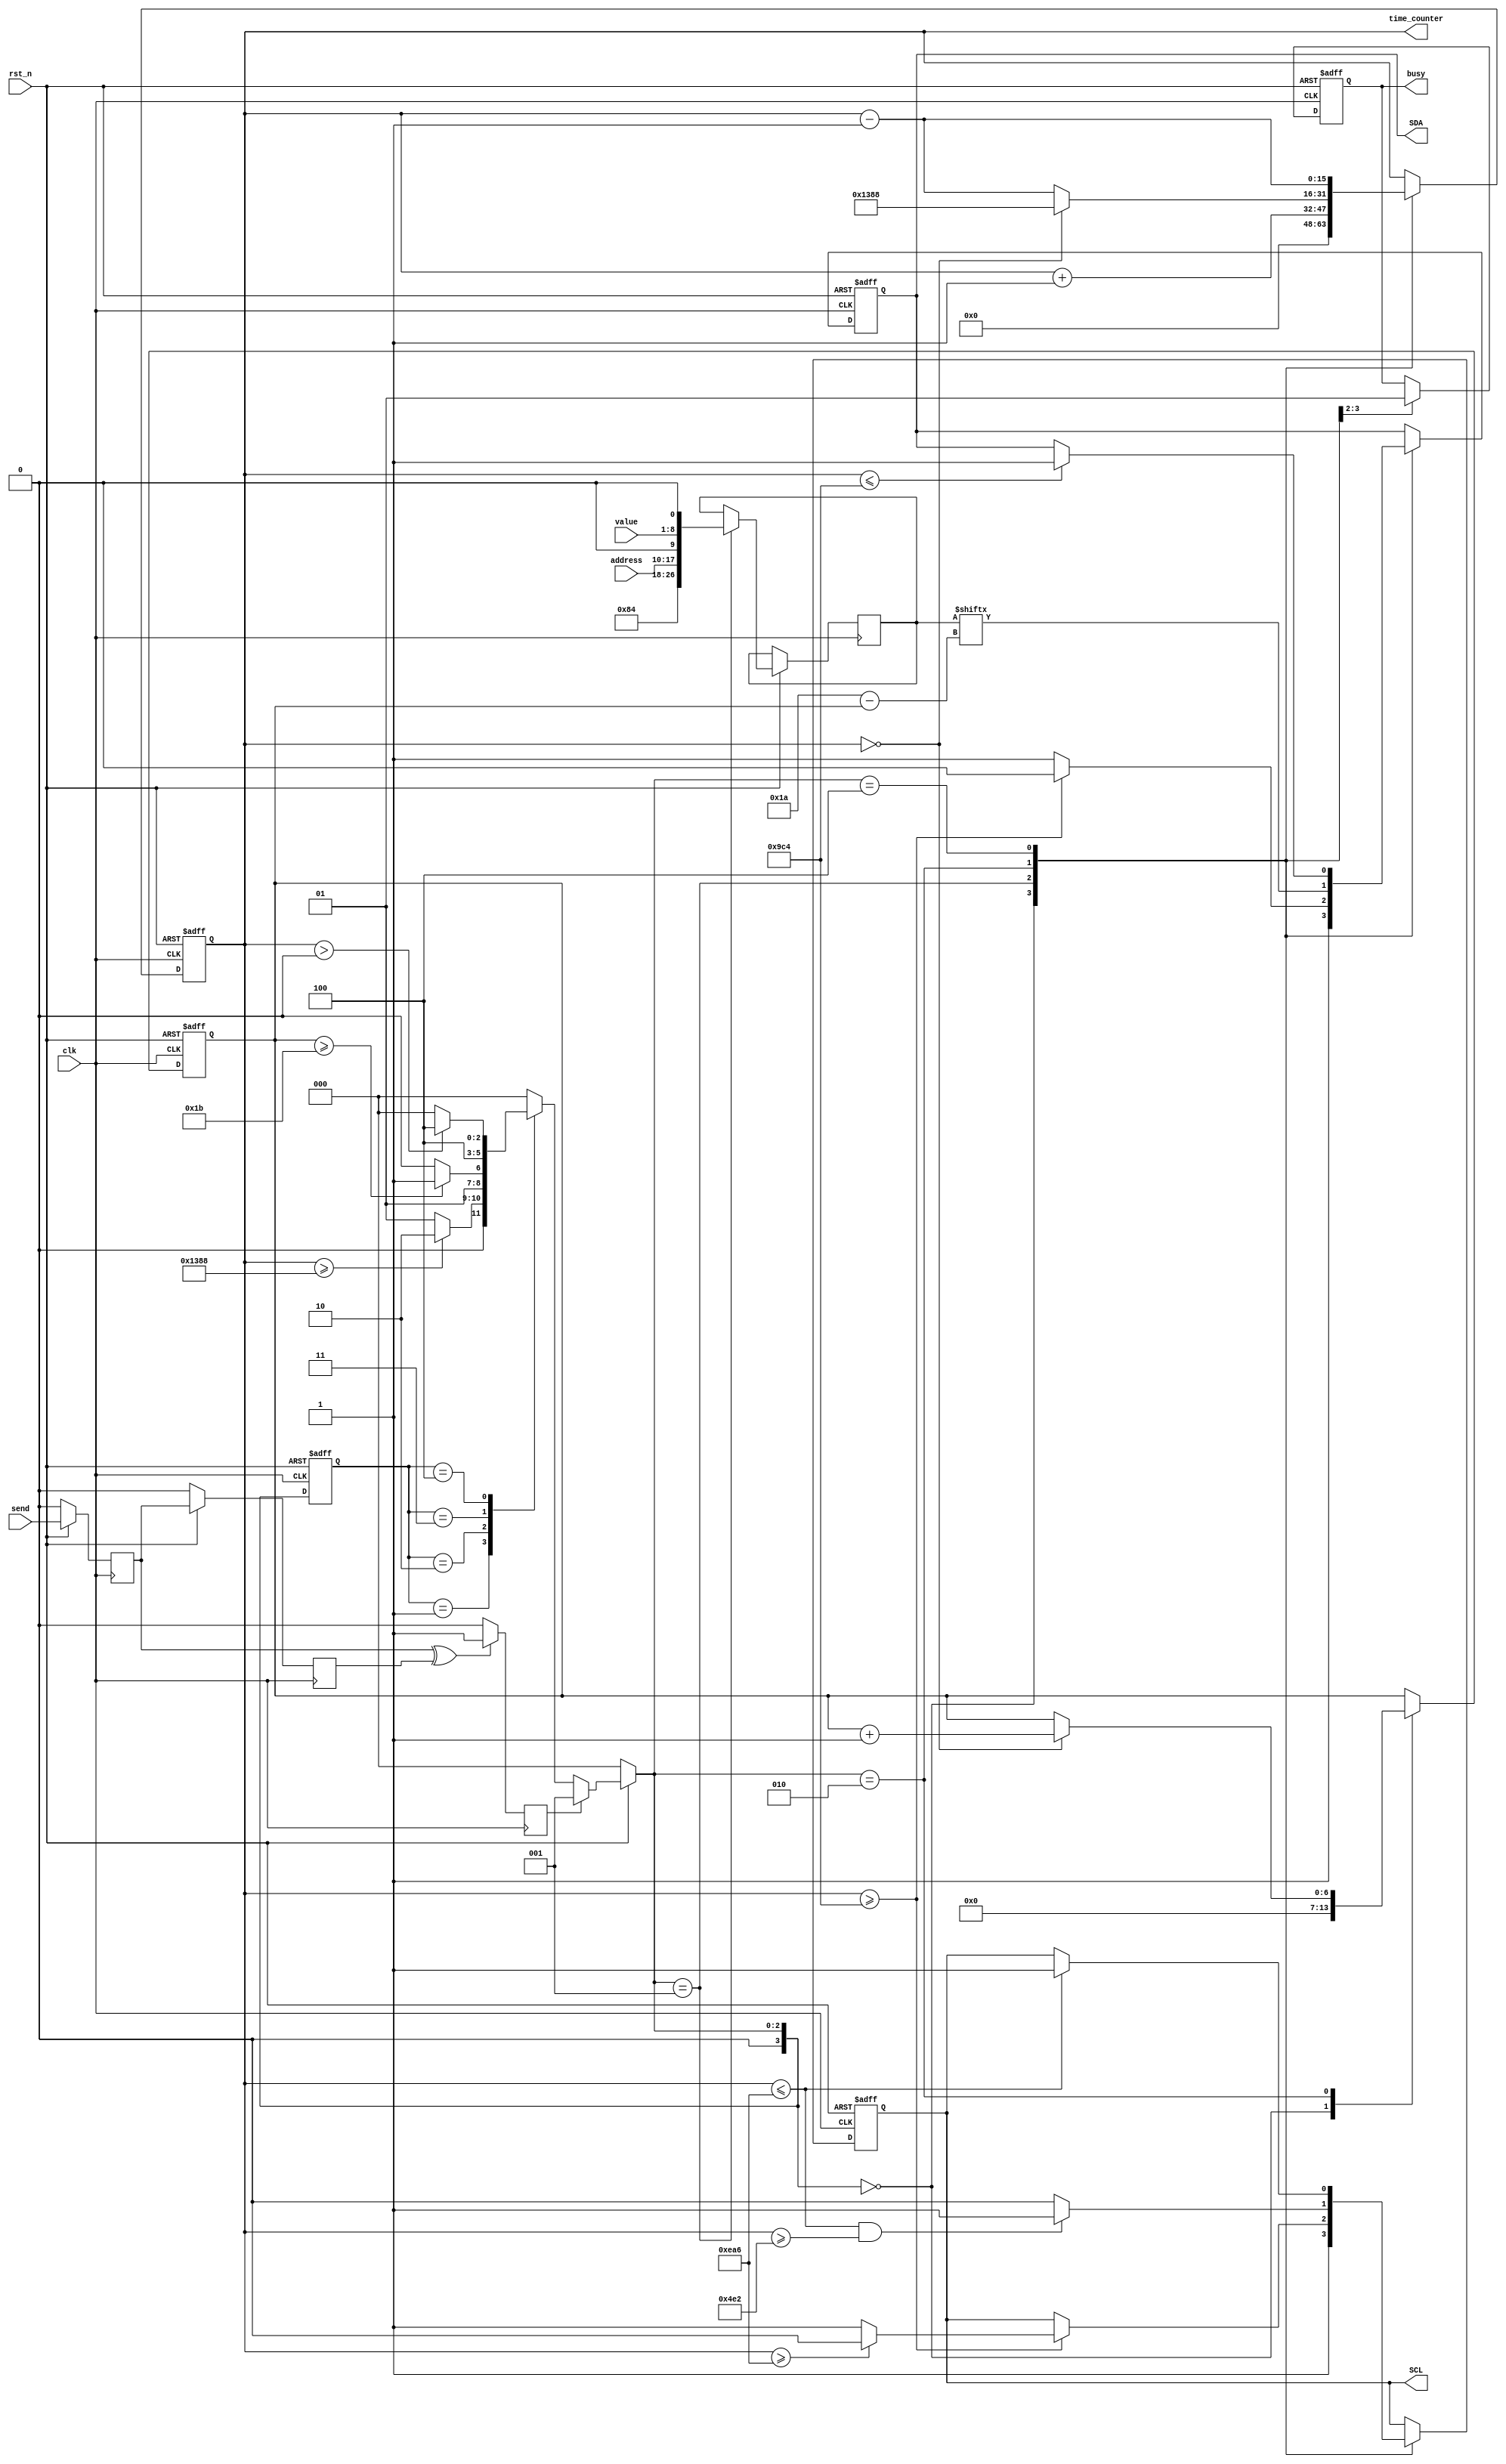
module SCCB_send
(
	input 	clk,					//50Mhz
	input		rst_n,
	input		send,					//always at posedge or negedge send !!
	input		[7:0]address,
	input		[7:0]value,
	
	output	reg SCL,
	output	reg SDA,
	
	output	reg busy,
//	output	reg send_buff,
	output	reg [15:0]time_counter
	
);
/*************************************************************************************
*SCCBACK100us(10KHZ)
*************************************************************************************/

parameter	[7:0]DEVICE_ID = 8'h42; //
reg  	[26:0]DATA_3_BYTE;
reg buff0,buff1, send_buff;
always @(posedge clk)
begin
	if(!rst_n)begin
		buff0 <= 1'b0;
		buff1 <= 1'b0;
	end
	else begin
	buff0 <= send;
	buff1 <= buff0;
	end
	if(buff0^buff1)				//posedge or negedge of send
		send_buff <= 1'b1;		//next clk will set send_buff to 1
	else
		send_buff <= 1'b0;
end
/*************************************************************************************
*
*************************************************************************************/
parameter	WAIT = 4'd0,START = 4'd1,WRITE_BYTE = 4'd2,ACK = 4'd3,STOP = 4'd4;//,DELAY = 4'd5,;
reg [3:0]state,next_state;
reg [6:0]bit_counter;
reg [3:0]byte_counter;
always @(posedge clk or negedge rst_n) //
begin
	if(!rst_n)
		state <= WAIT;
	else
		state <= next_state;
end
always @(*) 									//
begin
	if(!rst_n)
		next_state = WAIT;
	else if(send_buff)
		next_state = START;
	else
	case(state)
		WAIT:			begin
						next_state = WAIT;
						end
		START:		begin
						if(time_counter >= 1250*4)
							begin
							next_state = WRITE_BYTE;
							end
						else
							next_state = START;
						end
		WRITE_BYTE:	begin
						if(bit_counter >= 27)
							next_state = ACK;
						else
							next_state = WRITE_BYTE;
						end
		ACK:			begin
						next_state = STOP;
						end
		STOP:			begin
						if(time_counter > 0)
							next_state = STOP;
						else
							next_state = WAIT;

						end
	default:next_state = WAIT;
	endcase
end

always @(posedge clk or negedge rst_n)
begin
	if(!rst_n)
	begin
		SCL <= 1'b1;
		//SDA_out <= 1'b1;
		bit_counter 	<= 7'b0;
		SDA <= 1'b1;
		time_counter <= 16'd0;
		busy <= 1'b0;
	end
	else 
		case(next_state)
			WAIT:				begin
								time_counter 	<= 16'b0;
								SCL 				<= 1'b1;
								//SDA_out 			<= 1'b1;
								SDA 				<= 1'b1;
								//output_en 		<= 1'b1;
								bit_counter 	<= 7'b0;
								busy 				<= 1'b0;
								end
			START:			begin
								DATA_3_BYTE <= {DEVICE_ID,1'b0,address,1'b0,value,1'b0}; //ACK0;
								time_counter <= time_counter + 1'b1;
								busy <= 1'b1;
								//output_en <= 1'b1;
								if(time_counter >= 1250*2)
									begin
										//SDA_out <= 1'b0;
										SDA <= 1'b0;
										if(time_counter >= 1250*3)
											SCL <= 1'b0;
										else
											SCL <= 1'b1;
									end
								else	
									//SDA_out <= 1'b1;
									SDA <= 1'b1;
								end
			WRITE_BYTE:		begin
								time_counter 	<= time_counter - 1'b1;
								//SDA_out 			<= DATA_3_BYTE[bit_counter];
								SDA <= DATA_3_BYTE[26 - bit_counter];
								if(time_counter == 0)begin
									time_counter 	<= 5000;
									bit_counter		<= bit_counter + 1'b1;
								end
								if(time_counter <= 5000-1250 && time_counter >= 5000-1250*3)
									SCL <= 1'b1;
								else
									SCL <= 1'b0;
								end	
			ACK:				begin
//								time_counter 	<= time_counter - 1'b1;
//								output_en <= 1'b0;
//								if(time_counter <= 5000-1250 && time_counter >= 5000-1250*3)
//									SCL <= 1'b1;
//								else
//									SCL <= 1'b0;
//
								end
			STOP:				begin
								time_counter <= time_counter - 1'b1;
								if(time_counter <= 5000-1250 )
									SCL <= 1'b1;
								if(time_counter <= 5000-1250*2)
									SDA <= 1'b1;
								end
					
			
			default:;
		endcase 
end
endmodule